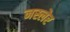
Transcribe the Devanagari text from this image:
नस्लेर